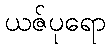
ယဇ်ပုရော